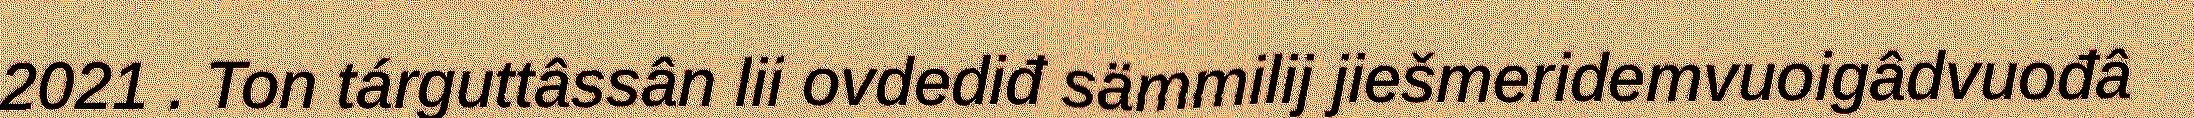
2021 . Ton tárguttâssân lii ovdediđ sämmilij jiešmeridemvuoigâdvuođâ